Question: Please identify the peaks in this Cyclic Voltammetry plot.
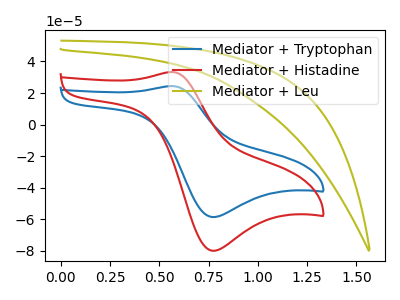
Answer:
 <answer>The blue curve "Mediator + Tryptophan" has an anodic peak at (0.55V, 24.40uA) and a cathodic peak at (0.75V, -58.55uA). The red curve "Mediator + Histadine" has an anodic peak at (0.55V, 33.30uA) and a cathodic peak at (0.75V, -79.90uA). The olive curve "Mediator + Leu" has no peaks.</answer>
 <eval></eval>